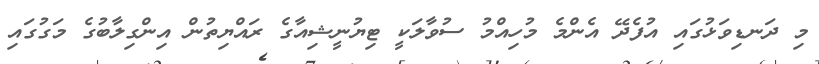
މި ދަނޑިވަޅުގައި އުފެދޭ އެންމެ މުހިއްމު ސުވާލަކީ ޓިޔުނީޝިއާގެ ރައްޔިތުން އިންގިލާބުގެ މަގުގައި